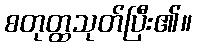
စတုတ္ထသုတ်ပြီး၏။